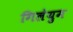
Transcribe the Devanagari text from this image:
गिलेयुम